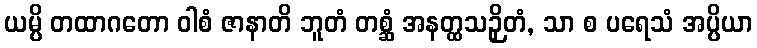
ယမ္ပိ တထာဂတော ဝါစံ ဇာနာတိ ဘူတံ တစ္ဆံ အနတ္ထသဉှိတံ, သာ စ ပရေသံ အပ္ပိယာ